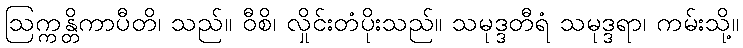
ဩက္ကန္တိကာပီတိ၊ သည်။ ဝီစိ၊ လှိုင်းတံပိုးသည်။ သမုဒ္ဒတီရံ သမုဒ္ဒရာ၊ ကမ်းသို့။